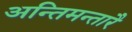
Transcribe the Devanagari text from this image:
अन्तिमन्तारै